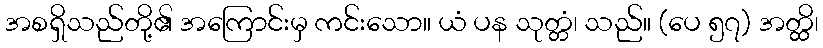
အစရှိသည်တို့၏ အကြောင်းမှ ကင်းသော။ ယံ ပန သုတ္တံ၊ သည်။ (ပေ ၅၇) အတ္ထိ၊